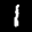
Label: 1